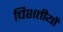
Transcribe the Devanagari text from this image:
चिशतीयाँ